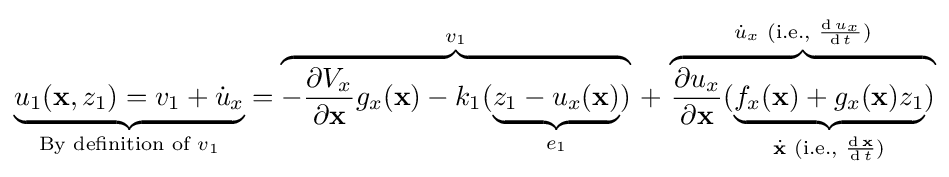
\underbrace {u_{1}(\mathbf {x} ,z_{1})=v_{1}+{\dot {u}}_{x}} _{{\text{By definition of }}v_{1}}=\overbrace {-{\frac {\partial V_{x}}{\partial \mathbf {x} }}g_{x}(\mathbf {x} )-k_{1}(\underbrace {z_{1}-u_{x}(\mathbf {x} )} _{e_{1}})} ^{v_{1}}\,+\,\overbrace {{\frac {\partial u_{x}}{\partial \mathbf {x} }}(\underbrace {f_{x}(\mathbf {x} )+g_{x}(\mathbf {x} )z_{1}} _{{\dot {\mathbf {x} }}{\text{ (i.e., }}{\frac {\operatorname {d} \mathbf {x} }{\operatorname {d} t}}{\text{)}}})} ^{{\dot {u}}_{x}{\text{ (i.e., }}{\frac {\operatorname {d} u_{x}}{\operatorname {d} t}}{\text{)}}}